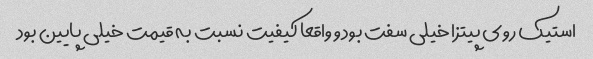
استیک روی پیتزا خیلی سفت بود و واقعا کیفیت نسبت به قیمت خیلی پایین بود